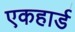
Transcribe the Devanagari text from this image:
एकहार्ड